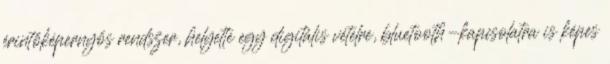
érintőképernyős rendszer, helyette egy digitális vételre, bluetooth-kapcsolatra is képes